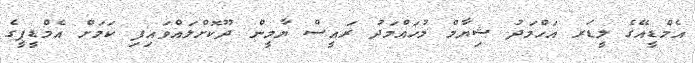
އެމްޑީއޭގެ ލީޑަރ އަހްމަދު ޝިޔާމް މުހައްމަދު ރައީސް ޔާމީން ދޫކޮށްލައްވައިފި ކަމަށް އެމްޑީޕީގެ